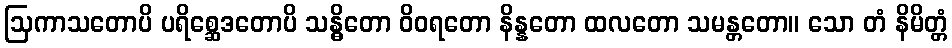
ဩကာသတောပိ ပရိစ္ဆေဒတောပိ သန္ဓိတော ဝိဝရတော နိန္နတော ထလတော သမန္တတော။ သော တံ နိမိတ္တံ